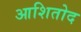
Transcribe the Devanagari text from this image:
आशितोद